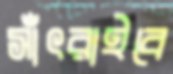
সাঁৎরাইবে